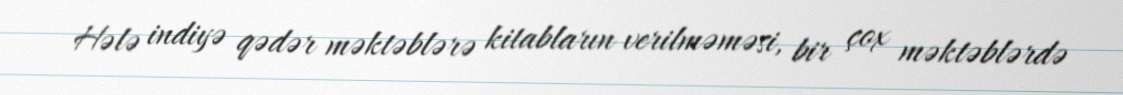
Hələ indiyə qədər məktəblərə kitabların verilməməsi, bir çox məktəblərdə